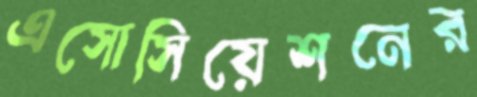
এসোসিয়েশনের